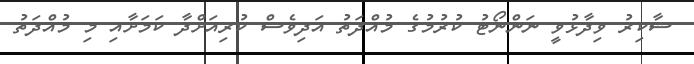
ޝާކިރު ވިދާޅުވީ ނަންްނޯޓު ކުރުމުގެ މުއްދަތު އަދިވެސް ކުރިއަށްދާ ކަމަށާއި މި މުއްދަތު